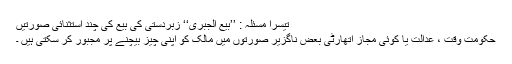
تیسرا مسئلہ : ’’بیع الجبری‘‘ زبردستی کی بیع کی چند استثنائی صورتیں
حکومت وقت ، عدالت یا کوئی مجاز اتھارٹی بعض ناگزیر صورتوں میں مالک کو اپنی چیز بیچنے پر مجبور کر سکتی ہیں ۔